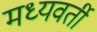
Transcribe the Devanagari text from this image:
मध्‍यवर्ती